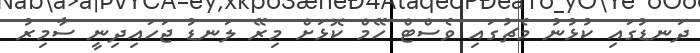
ދަނޑުގައި ކުޅުނު މެޗުގައި ވެސްޓް ހޭމް ކޮޅަށް މިރޭ ލަނޑު ޖަހައިދިނީ ސާމިރު